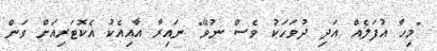
"މިހާ އުފަލެއް އަދި ދުވަހަކު ވެސް ނުވޭ" ނައިރާ އާއިއެކު އެކޮޓަރިއަށް ވަން